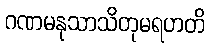
ဂဏမနုသာသိတုမရဟတိ